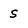
Character: s